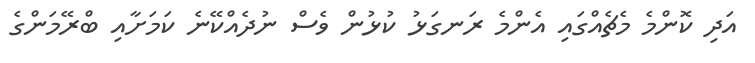
އަދި ކޮންމެ މެޗެއްގައި އެންމެ ރަނގަޅު ކުޅުން ވެސް ނުދެއްކޭނެ ކަމަށާއި ބްރޭމަންގެ